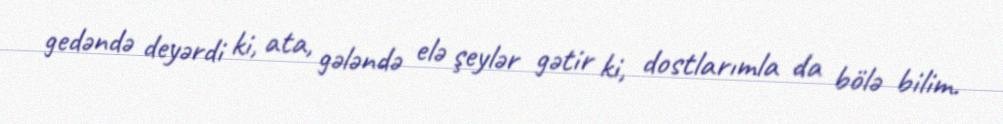
gedəndə deyərdi ki, ata, gələndə elə şeylər gətir ki, dostlarımla da bölə bilim.